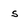
Character: s